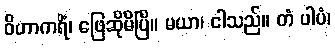
ဝိဟာကရိံ၊ ဖြေဆိုမိပြီ။ မယာ၊ ငါသည်။ တံ ပါပံ၊